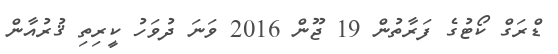
ޑްރަގް ކޯޓުގެ ފަރާތުން 19 ޖޫން 2016 ވަނަ ދުވަހު ކީރިތި ޤުރުއާން